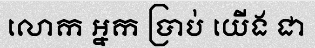
លោក អ្នក ប្រាប់ យើង ជា